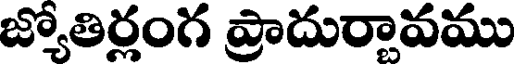
జ్యోతిర్లంగ ప్రాదురావము